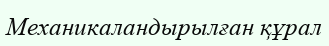
Механикаландырылған құрал